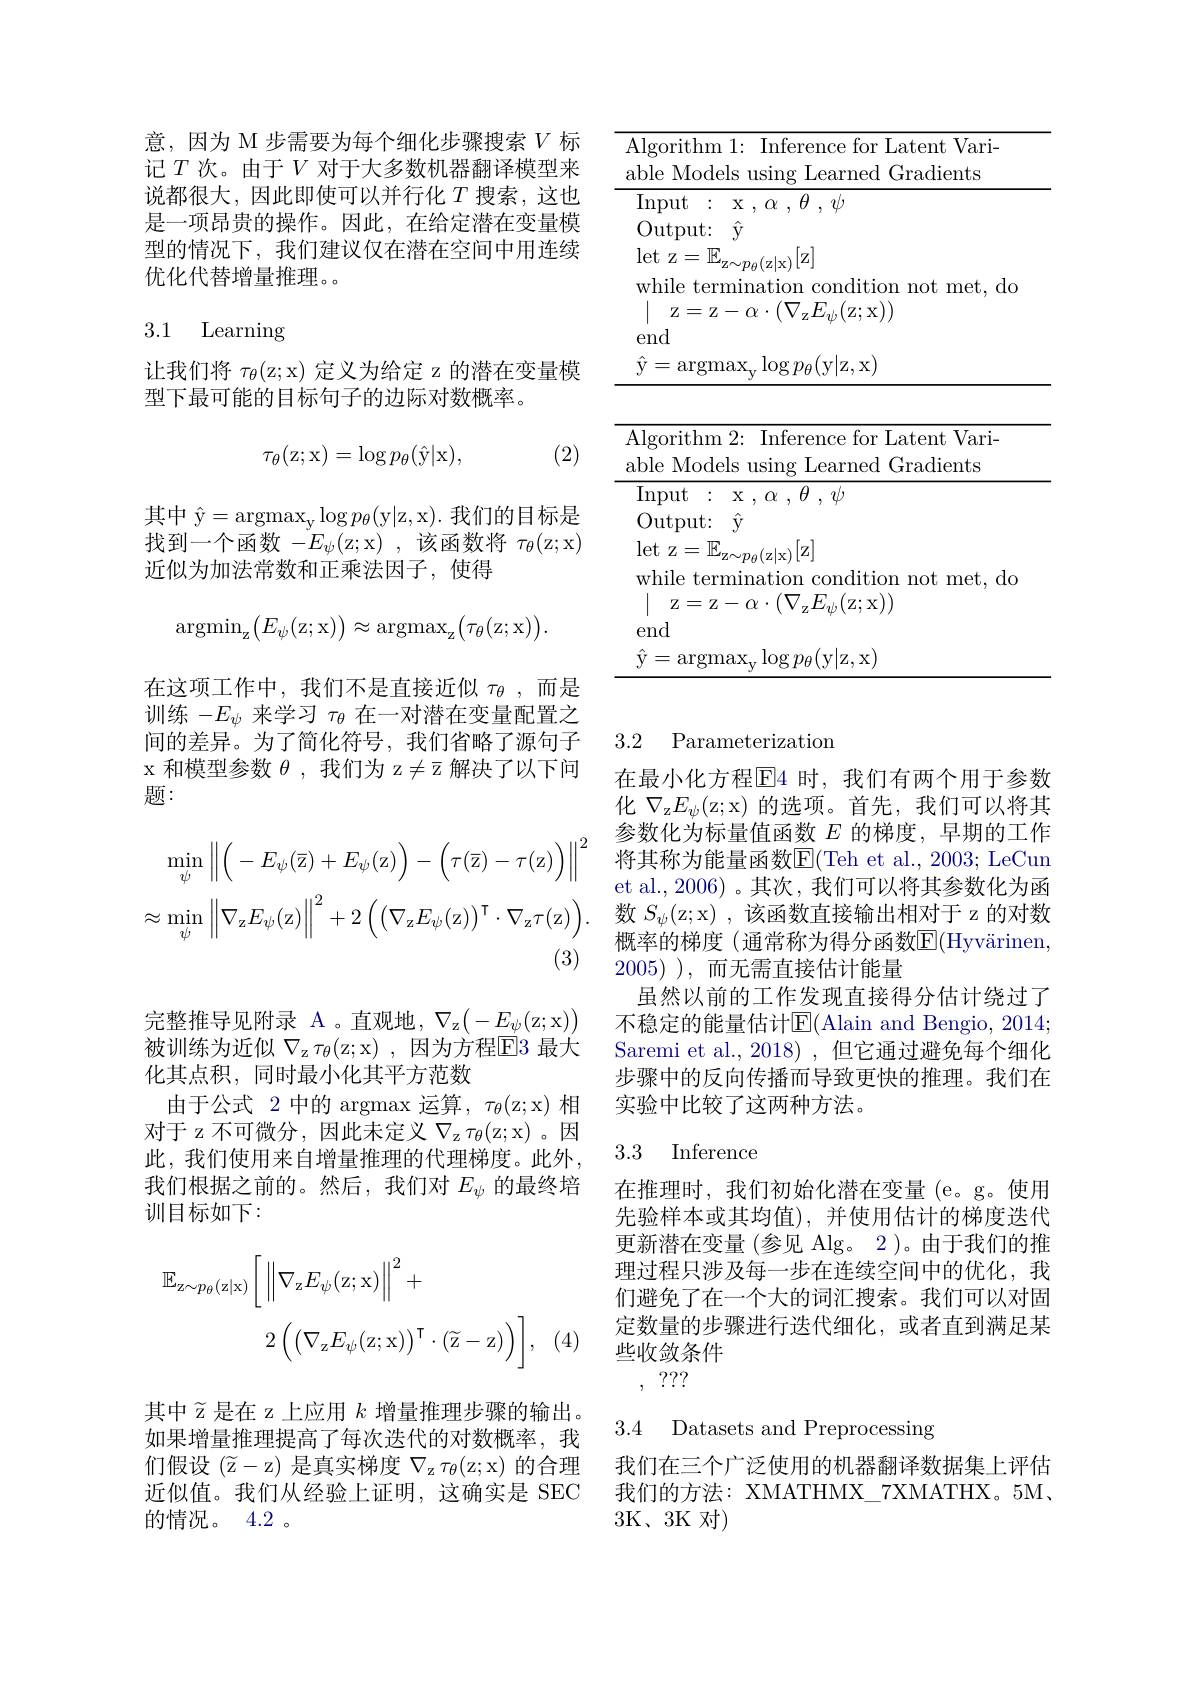
意，因为 M 步需要为每个细化步骤搜索$V$标记$T$次。由于$V$对于大多数机器翻译模型来说都很大，因此即使可以并行化$T$ 搜索，这也是一项昂贵的操作。因此，在给定潜在变量模型的情况下，我们建议仅在潜在空间中用连续优化代替增量推理。

### 3.1 Learning

让我们将$\tau _\theta ($z;x)定义为给定 z 的潜在变量模
型下最可能的目标句子的边际对数概率。

(2)
$$\tau_\theta(\mathrm z;\mathrm x)=\log p_\theta(\hat{\mathrm y}|\mathrm x),$$
其中$\hat{\mathrm{y}}=\operatorname{argmax}_{\mathrm{y}}\log p_{\theta}($y|z,x).我们的目标是找到一个函数$-E_\psi($z;x) ,该函数将$\tau_\theta($z;x) 近似为加法常数和正乘法因子，使得
$$\mathrm{argmin}_{\mathrm{z}}\big(E_{\psi}(\mathrm{z};\mathrm{x})\big)\approx\mathrm{argmax}_{\mathrm{z}}\big(\tau_{\theta}(\mathrm{z};\mathrm{x})\big).$$
在这项工作中，我们不是直接近似$\tau_\mathrm{\theta}$ ,而是训练$-E_\psi$来学习$\tau_\mathrm{\theta}$在一对潜在变量配置之间的差异。为了简化符号，我们省略了源句子x 和模型参数$\theta$ ,我们为 z$\neq\bar{z}$解决了以下问题：
$$\min_{\psi}\left\|\left(-E_{\psi}(\overline{\mathrm{z}})+E_{\psi}(\mathrm{z})\right)-\left(\tau(\overline{\mathrm{z}})-\tau(\mathrm{z})\right)\right\|^{2}\\\approx\min_{\psi}\left\|\nabla_{\mathrm{z}}E_{\psi}(\mathrm{z})\right\|^{2}+2\left(\left(\nabla_{\mathrm{z}}E_{\psi}(\mathrm{z})\right)^{\mathrm{T}}\cdot\nabla_{\mathrm{z}}\tau(\mathrm{z})\right).$$
(3)

完整推导见附录 A 。直观地，$\nabla_{\mathrm{z}}(-E_{\psi}($z;x)) 被训练为近似$\nabla_\mathrm{z}\tau_\theta($z;x),因为方程E3 最大化其点积，同时最小化其平方范数
由于公式 2 中的 argmax 运算$,\tau_\theta($z;x)相对于 z 不可微分，因此未定义$\nabla_\mathrm{z}\tau_\theta($z;x)。因此，我们使用来自增量推理的代理梯度。此外我们根据之前的。然后，我们对$E_\psi$的最终培训目标如下：
$$\mathbb{E}_{\mathrm{z}\sim p_{\theta}(\mathrm{z}|\mathrm{x})}\bigg[\:\bigg\|\nabla_{\mathrm{z}}E_{\psi}(\mathrm{z};\mathrm{x})\bigg\|^{2}+\\2\left(\left(\nabla_{\mathrm{z}}E_{\psi}(\mathrm{z};\mathrm{x})\right)^{\mathsf{T}}\cdot(\widetilde{\mathrm{z}}-\mathrm{z})\right)\bigg],$$
其中$\widetilde{z}$是在 z 上应用$k$增量推理步骤的输出。如果增量推理提高了每次迭代的对数概率，我们假设$(\widetilde{\mathrm{z}}-$z) 是真实梯度$\nabla_\mathrm{z}\tau_\theta($z;x)的合理近似值。我们从经验上证明，这确实是 SEC 的情况。4.2 。

<table>
	<tbody>
		<tr>
			<td>$A$ $a$</td>
			<td>rithm 1: Inference for Latent Vari- Models using Learned Gradients</td>
		</tr>
		<tr>
			<td>$A$ $a$</td>
			<td>rithm 2: Inference for Latent Vari- Models using Learned Gradients</td>
		</tr>
		<tr>
			<td> </td>
			<td>$\operatorname{argmax}_{\mathrm{v}}\log p_{\theta}($y|z,x) '</td>
		</tr>
	</tbody>
</table>

### 3.2 Parameterization

在最小化方程$\boxed{\mathrm{F}}$4 时，我们有两个用于参数化$\nabla_{\mathrm{z}}E_{\psi}($z;x)的选项。首先，我们可以将其参数化为标量值函数$E$的梯度，早期的工作将其称为能量函数$\mathbb{E}($Teh et al., 2003; LeCun et al., 2006) 。其次，我们可以将其参数化为函数$S_\psi($z;x),该函数直接输出相对于 z 的对数概率的梯度 (通常称为得分函数$\mathbb{E}($Hyvärinen, 2005) ) , 而无需直接估计能量
虽然以前的工作发现直接得分估计绕过了不稳定的能量估计$\operatorname{E}($Alain and Bengio, 2014; Saremi et al., 2018) , 但它通过避免每个细化步骤中的反向传播而导致更快的推理。我们在实验中比较了这两种方法。

### 3.3 Inference

在推理时，我们初始化潜在变量(e。g。使用先验样本或其均值),并使用估计的梯度迭代更新潜在变量 (参见 Alg。2)。由于我们的推理过程只涉及每一步在连续空间中的优化，我们避免了在一个大的词汇搜索。我们可以对固定数量的步骤进行迭代细化，或者直到满足某些收敛条件
, ???

3.4 Datasets and Preprocessing

我们在三个广泛使用的机器翻译数据集上评估我们的方法：XMATHMX\_7XMATHX。5M, 3K、3K 对)